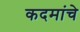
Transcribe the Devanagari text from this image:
कदमांचे